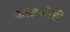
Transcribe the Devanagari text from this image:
काळबोंडी